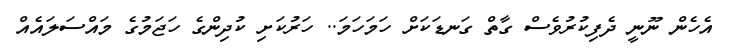
އެހެން ނޫނީ ދެފިކުރުވެސް ގާތް ގަނޑަކަށް ހަމަހަމަ.. ހަރުކަށި ކުދިންގެ ހަޖަމުގެ މައްސަލައެއް